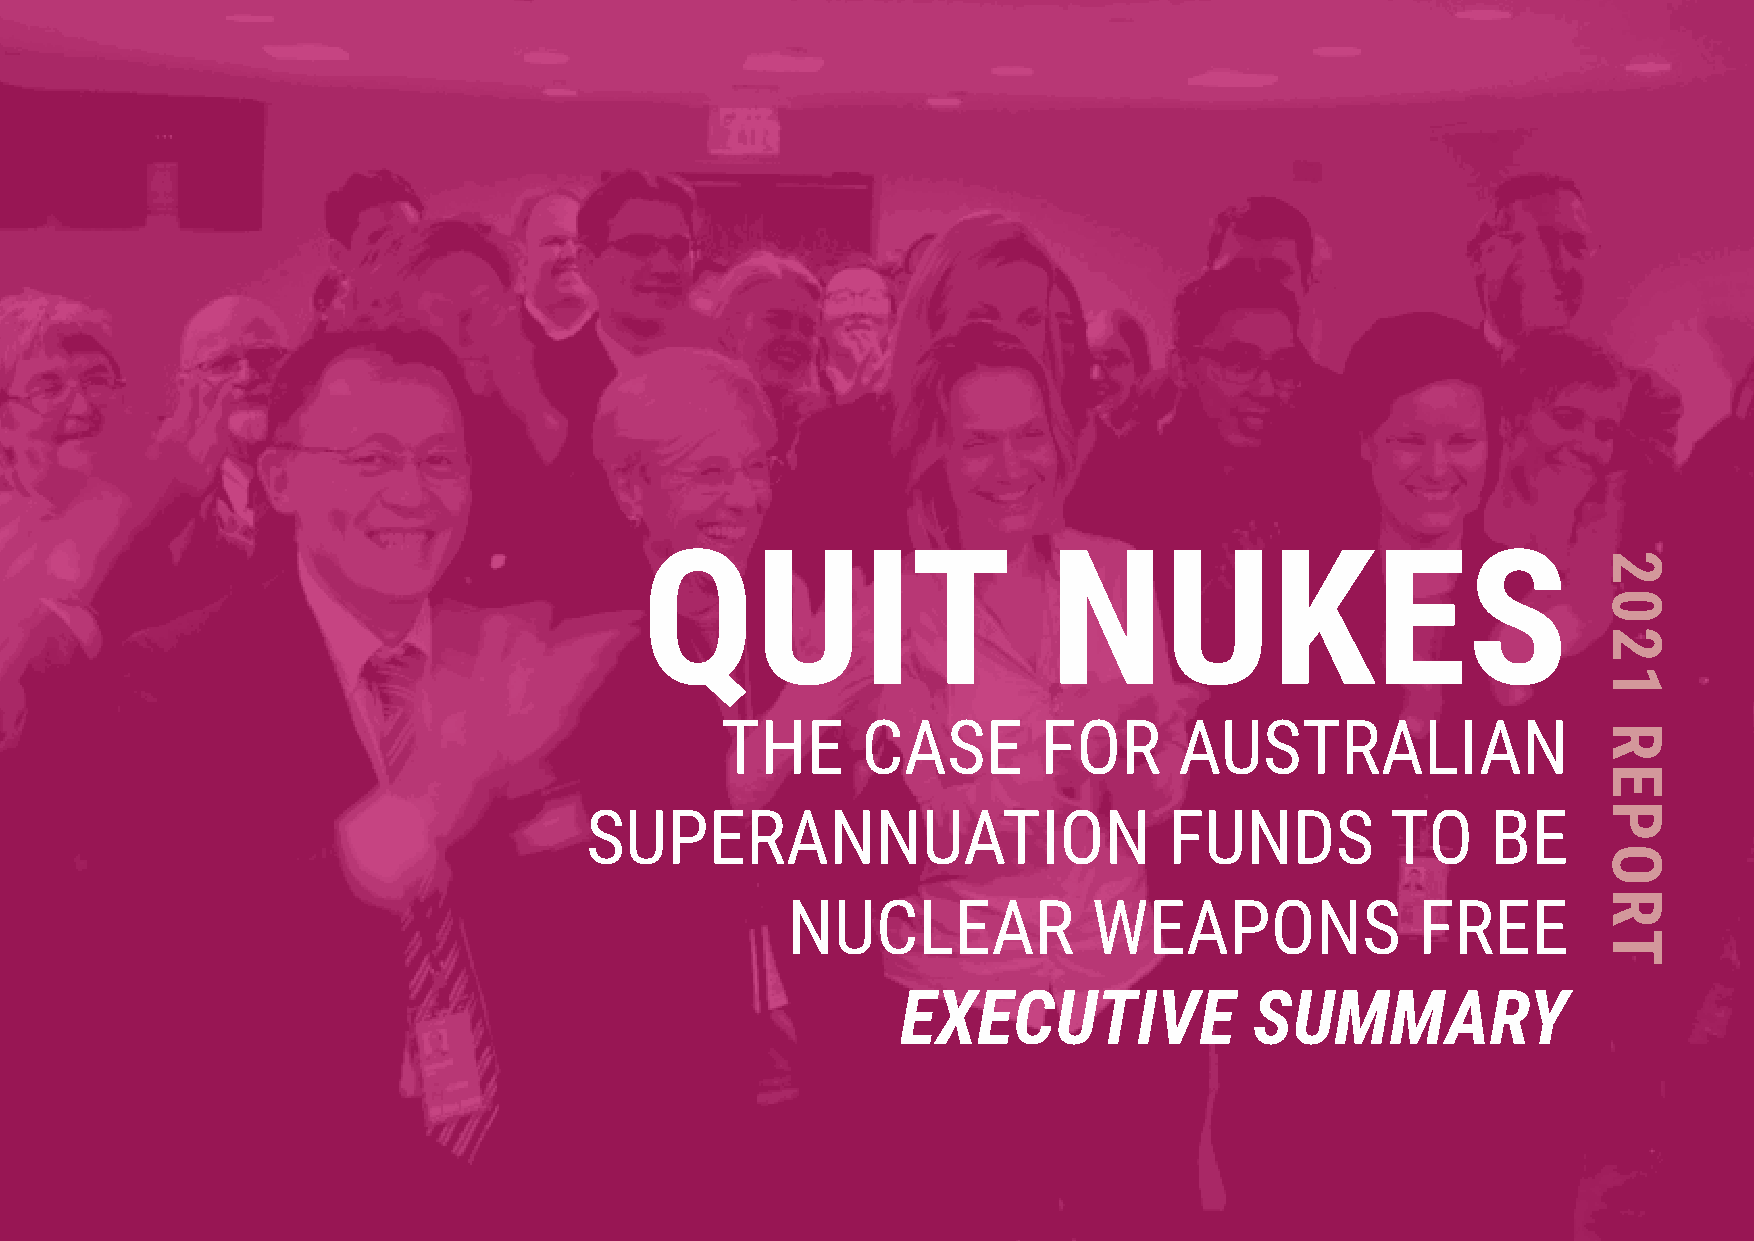
QUIT                       NUKES
 THE      CASE        FOR      AUSTRALIAN
 SUPERANNUATION                        FUNDS          TO     BE
 NUCLEAR             WEAPONS               FREE
 EXECUTIVE              SUMMARY
 2021
 REPORT